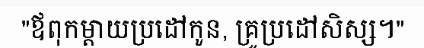
"ឪពុកម្តាយប្រដៅកូន, គ្រូប្រដៅសិស្ស។"